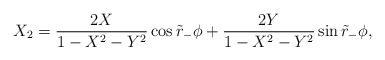
\begin{align*}X_2 = {2 X \over 1-X^2-Y^2 }\cos \tilde r_- \phi + {2 Y \over 1-X^2-Y^2 } \sin \tilde r_- \phi,\end{align*}